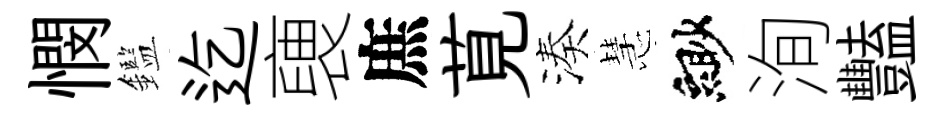
憫鑑迄褏庶莧湊慧緲洵豔